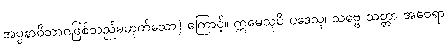
အပ္ပနာဝိဘာဂဖြစ်သည်မဟုတ်သော) ကြောင့်။ ဣမေသုပိ ပဒေသု၊ သဗ္ဗေ သတ္တာ အဝေရာ